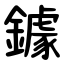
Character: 鐻